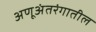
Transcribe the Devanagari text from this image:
अणूअंतरंगातील